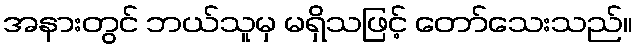
အနားတွင် ဘယ်သူမှ မရှိသဖြင့် တော်သေးသည်။